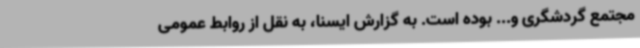
مجتمع گردشگری و... بوده است. به گزارش ایسنا، به نقل از روابط عمومی